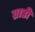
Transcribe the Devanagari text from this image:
ग्राडी